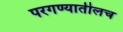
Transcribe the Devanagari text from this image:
परगण्यातीलच